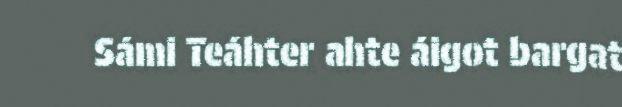
Sámi Teáhter ahte áigot bargat